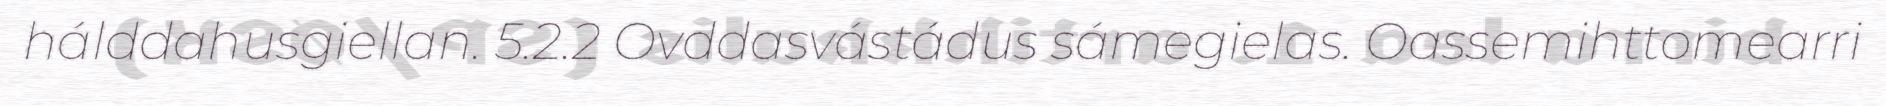
hálddahusgiellan. 5.2.2 Ovddasvástádus sámegielas. Oassemihttomearri